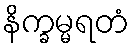
နိက္ခမ္မရတံ